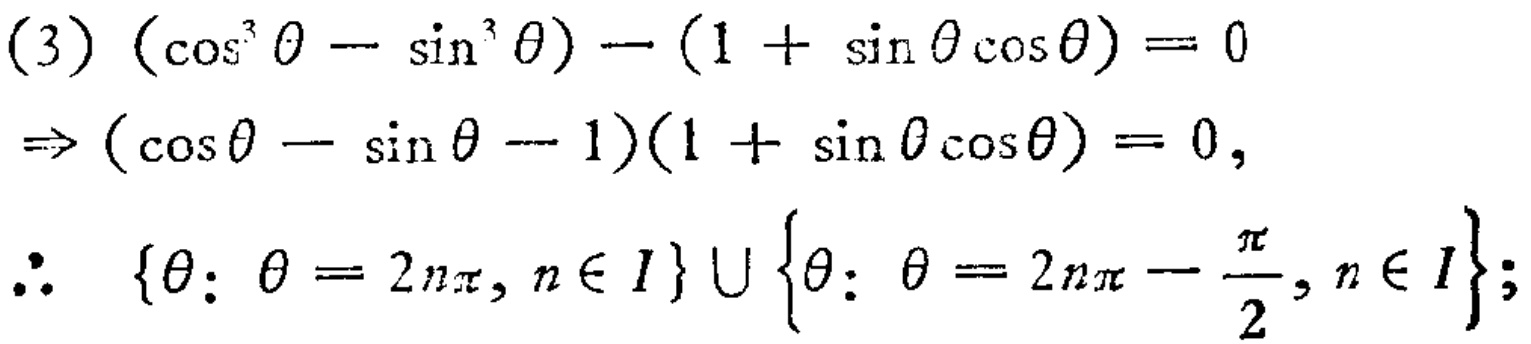
\[(3)\ (\cos^{3} \theta - \sin^{3} \theta) - (1 + \sin \theta \cos \theta) = 0\]
\[\Rightarrow (\cos \theta - \sin \theta - 1)(1 + \sin \theta \cos \theta) = 0,\]
\[\therefore \ \{\theta: \theta = 2n\pi, n \in I\} \cup \left\{\theta: \theta = 2n\pi - \frac{\pi}{2}, n \in I\right\};\]